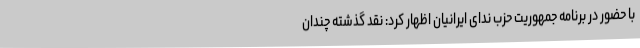
با حضور در برنامه جمهوریت حزب ندای ایرانیان اظهار کرد: نقد گذشته چندان